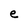
Character: e